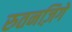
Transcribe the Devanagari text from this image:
रुतनज़िगे